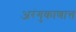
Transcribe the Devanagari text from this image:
अरंगुकाणात्त